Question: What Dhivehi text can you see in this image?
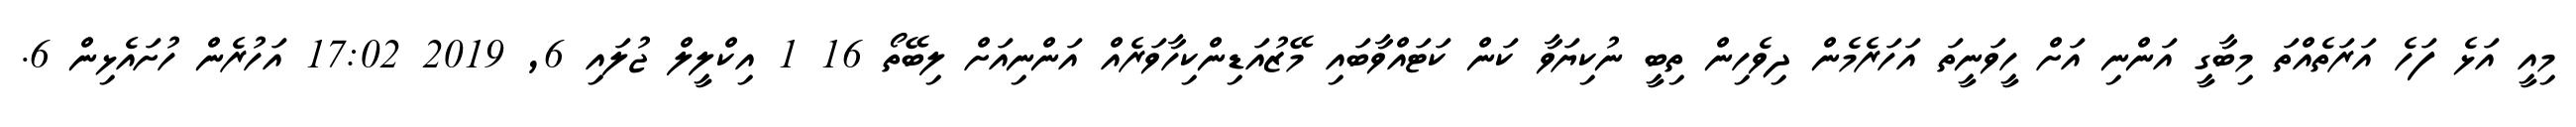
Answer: މިއީ އަޅެ ފަހެ އަރަތެއްތަ މިބާގީ އަންނި އަށް ހީވަނީތަ އަހަރެމެން ދިވެހިން ތިބީ ނުކިޔަވާ ކަން ކަޓައްވާބައި މޭޒުއަޑިންކިހާވަރެއް އަންނިއަށް ލިބޭތޯ 16 1 އިކްލީލް ޖުލައި 6, 2019 17:02 އަހުރެން ހުށައެޅިން 6.